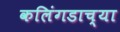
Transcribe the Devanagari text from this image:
कलिंगडाच्या